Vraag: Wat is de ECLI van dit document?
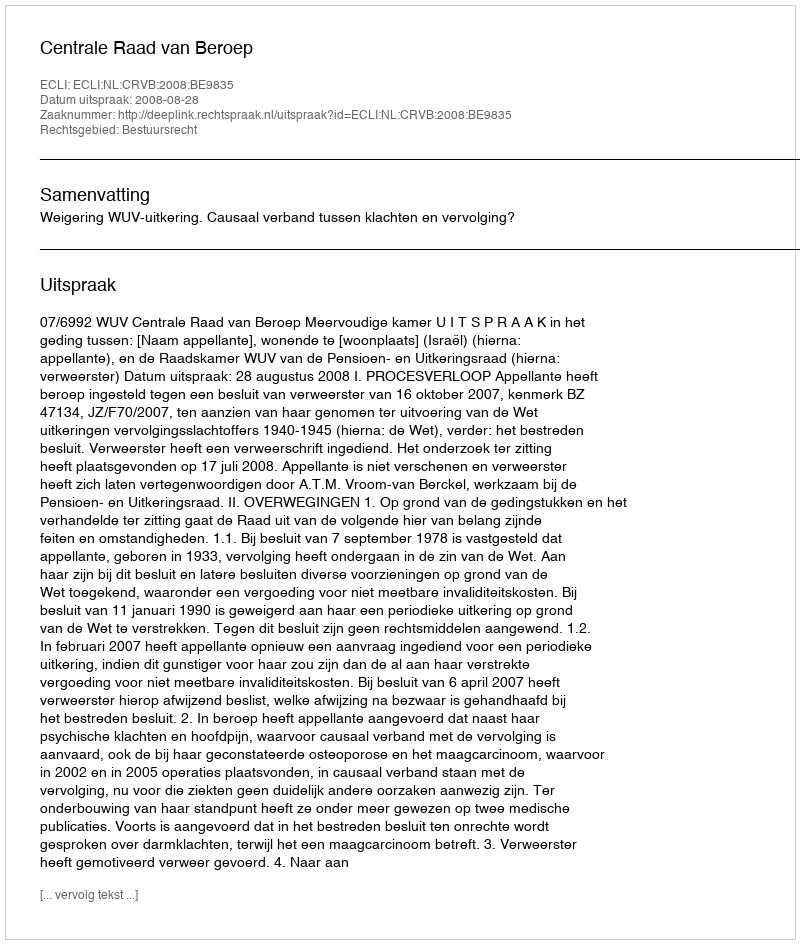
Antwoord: ECLI:NL:CRVB:2008:BE9835